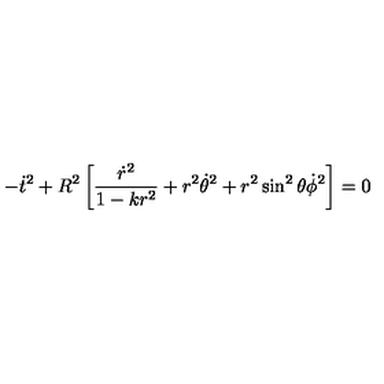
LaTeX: - { \dot { t } } ^ { 2 } + R ^ { 2 } \left[ \frac { { \dot { r } } ^ { 2 } } { 1 - k r ^ { 2 } } + r ^ { 2 } { \dot { \theta } } ^ { 2 } + r ^ { 2 } \sin ^ { 2 } { \theta } { \dot { \phi } } ^ { 2 } \right] = 0